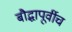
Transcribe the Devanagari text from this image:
बौद्धापूर्वीच